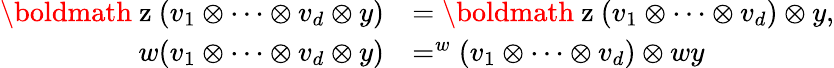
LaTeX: \begin{array}{rl}{\mathrm{\boldmath~z~}(v_{1}\otimes\dots\otimes v_{d}\otimes y)}&{=\mathrm{\boldmath~z~}(v_{1}\otimes\dots\otimes v_{d})\otimes y,}\\ {w(v_{1}\otimes\dots\otimes v_{d}\otimes y)}&{=^{w}(v_{1}\otimes\dots\otimes v_{d})\otimes wy}\end{array}